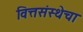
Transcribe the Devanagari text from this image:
वित्तसंस्थेचा